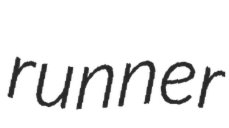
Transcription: runner